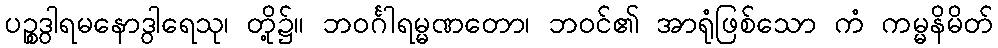
ပဉ္စဒွါရမနောဒွါရေသု၊ တို့၌။ ဘဝင်္ဂါရမ္မဏတော၊ ဘဝင်၏ အာရုံဖြစ်သော ကံ ကမ္မနိမိတ်